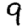
Digit: 9